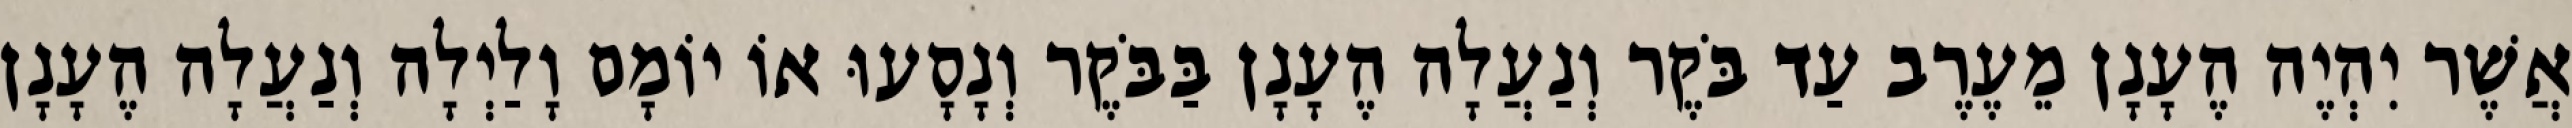
אֲשֶׁר יִהְיֶה הֶעָנָן מֵעֶרֶב עַד בֹּקֶר וְנַעֲלָה הֶעָנָן בַּבֹּקֶר וְנָסָעוּ אוֹ יוֹמָם וָלַיְלָה וְנַעֲלָה הֶעָנָן